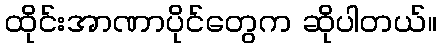
ထိုင်းအာဏာပိုင်တွေက ဆိုပါတယ်။